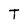
Character: T